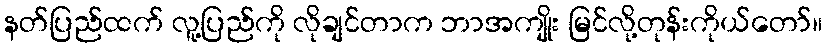
နတ်ပြည်ထက် လူ့ပြည်ကို လိုချင်တာက ဘာအကျိုး မြင်လို့တုန်းကိုယ်တော်။